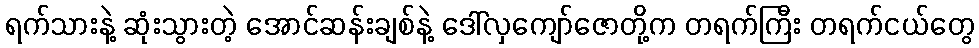
ရက်သားနဲ့ ဆုံးသွားတဲ့ အောင်ဆန်းချစ်နဲ့ ဒေါ်လှကျော်ဇောတို့က တရက်ကြီး တရက်ငယ်တွေ